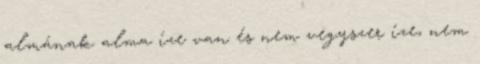
almának alma íze van és nem vegyszer íze, nem